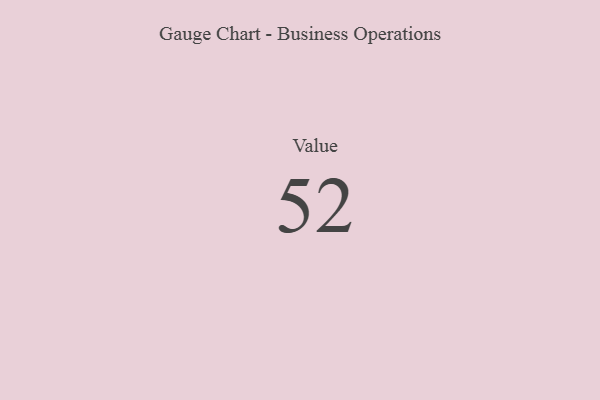
{"axis": {"x": "Metric", "y": "Value"}, "legend": [""], "data": [{"x": "Value", "y": 52, "type": ""}]}